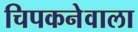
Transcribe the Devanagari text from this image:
चिपकनेवाला